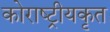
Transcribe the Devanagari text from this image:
कोराष्ट्रीयकृत